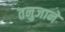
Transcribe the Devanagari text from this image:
तनुजाने